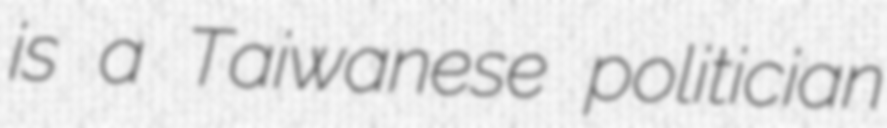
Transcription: is a Taiwanese politician